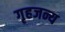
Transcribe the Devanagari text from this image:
गृहजन्य